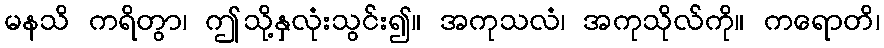
မနသိ ကရိတွာ၊ ဤသို့နှလုံးသွင်း၍။ အကုသလံ၊ အကုသိုလ်ကို။ ကရောတိ၊